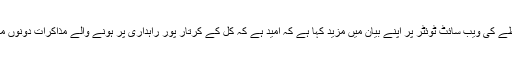
ترجمان دفترخارجہ نے سماجی رابطے کی ویب سائٹ ٹوئٹر پر اپنے بیان میں مزید کہا ہے کہ امید ہے کہ کل کے کرتار پور راہداری پر ہونے والے مذاکرات دونوں ممالک کیلئے اچھی تبدیلی لائیں گے۔